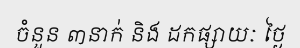
ចំនួន ៣នាក់ និង ដកផ្សាយៈ ថ្ងៃ